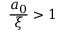
\frac { a _ { 0 } } { \xi } > 1